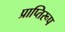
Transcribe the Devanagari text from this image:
प्राप्तिरूप